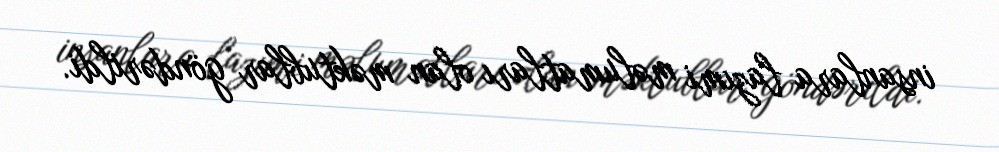
insanlara lazımi məlumatları olan məktublar göndərildi.